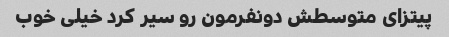
پیتزای متوسطش دونفرمون رو سیر کرد خیلی خوب